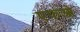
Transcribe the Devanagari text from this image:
एफओ